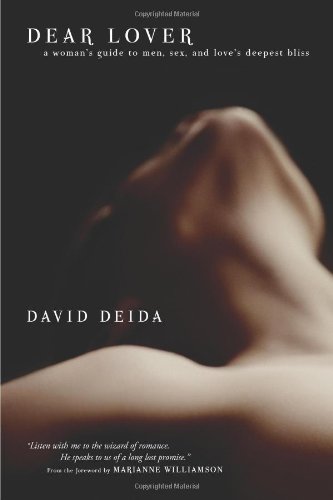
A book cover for Dear Lover: A Woman's Guide To Men, Sex, And Love's Deepest Bliss; David Deida; Self-Help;